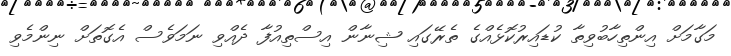
މަގާމަށް އިންތިހާބުވިތާ ކުޑައިރުކޮޅެއްގެ ތެރޭގައި ޝިނާން އިސްތިއުފާ ދެއްވި ނަމަވެސް އެގޮތަށް ނިންމެވި